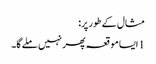
مثال کے طور پر:
1 ایسا موقعہ پھر نہیں ملے گا۔